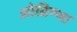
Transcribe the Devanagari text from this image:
ओढिण्या